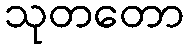
သုတတော